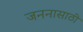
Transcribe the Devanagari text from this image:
जननासाठी